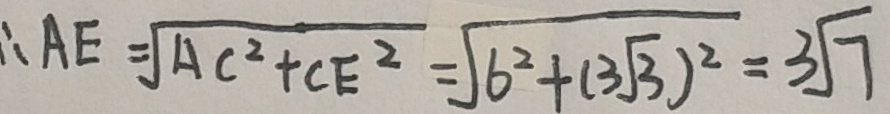
\therefore A E = \sqrt { 4 c ^ { 2 } + c E ^ { 2 } } = \sqrt { 6 ^ { 2 } + ( 3 \sqrt { 3 } ) ^ { 2 } } = 3 \sqrt { 7 }